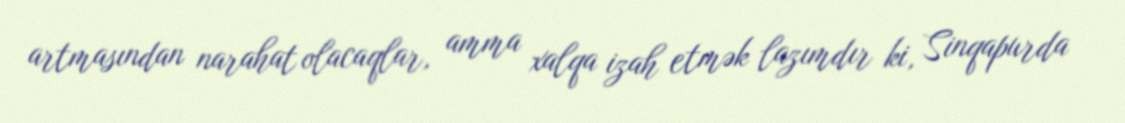
artmasından narahat olacaqlar, amma xalqa izah etmək lazımdır ki, Sinqapurda